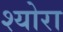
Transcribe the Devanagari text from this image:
श्योरा